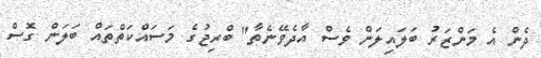
ދެން އެ މަންޒަރު ބަލައިލަން ވެސް އާދެވޭނެތާ" ބްރިޖުގެ މަސައްކަތްތައް ބަލަން ގޮސް